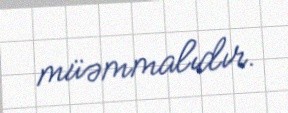
müəmmalıdır.